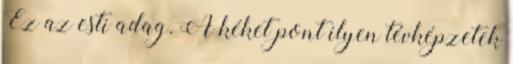
Ez az esti adag. A kéket pont ilyen tévképzetek